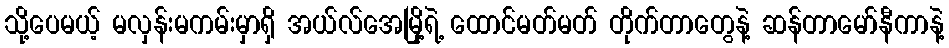
သို့ပေမယ့် မလှန်းမကမ်းမှာရှိ အယ်လ်အေမြို့ရဲ့ ထောင်မတ်မတ် တိုက်တာတွေနဲ့ ဆန်တာမော်နီကာနဲ့